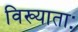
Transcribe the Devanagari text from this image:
विख्याताः